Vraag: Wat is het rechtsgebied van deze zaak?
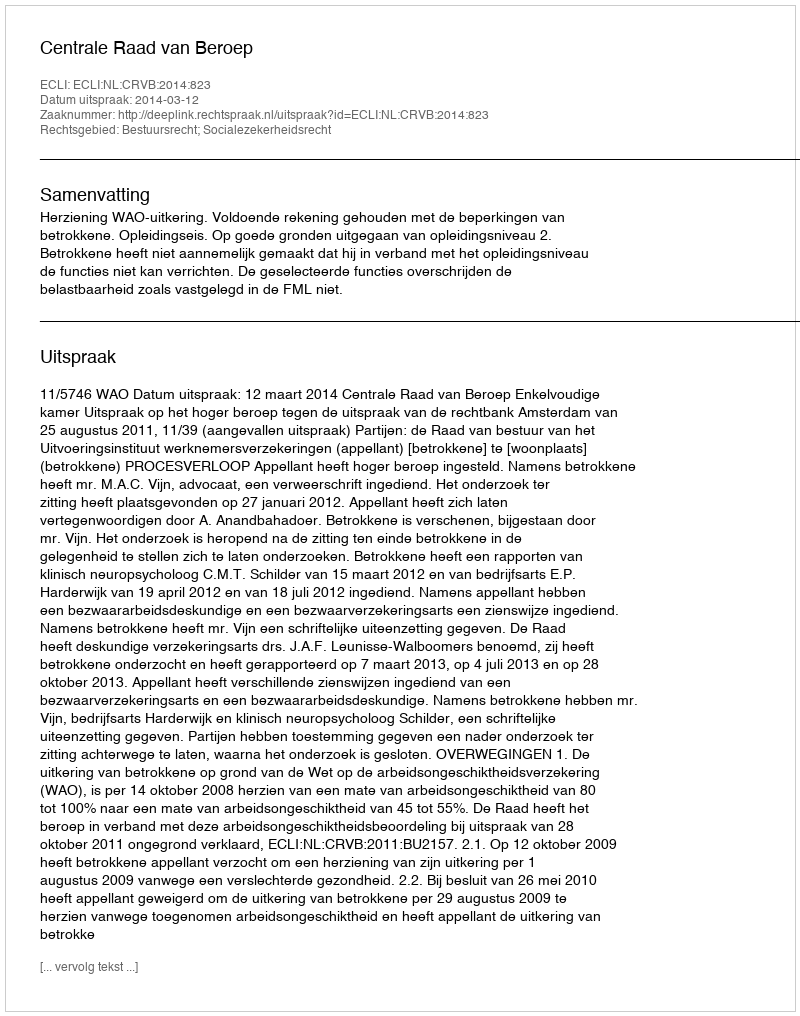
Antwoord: Bestuursrecht; Socialezekerheidsrecht